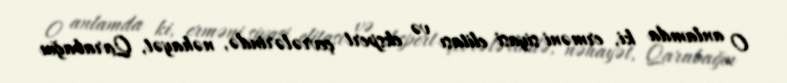
O anlamda ki, erməni siyasi elitası və ekspert çevrələrində, nəhayət, Qarabağın